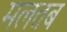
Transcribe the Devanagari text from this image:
मलतब